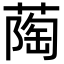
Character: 𬞌